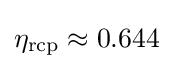
\eta _{\mathrm {rcp} }\approx 0.644